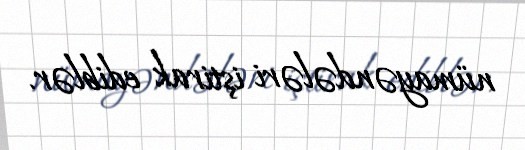
nümayəndələri iştirak ediblər.